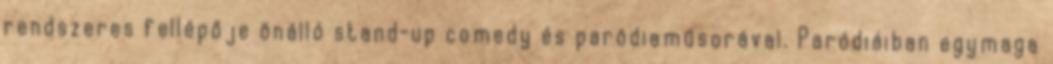
rendszeres fellépője önálló stand-up comedy és paródiaműsorával. Paródiáiban egymaga